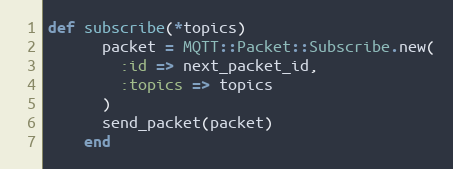
Language: Ruby
def subscribe(*topics)
      packet = MQTT::Packet::Subscribe.new(
        :id => next_packet_id,
        :topics => topics
      )
      send_packet(packet)
    end